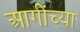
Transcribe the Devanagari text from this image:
आगींच्या